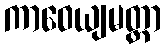
ကာဝေယျမတ္တာ